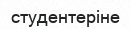
студентеріне